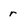
Character: r